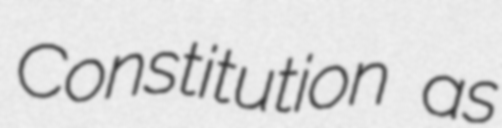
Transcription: Constitution as